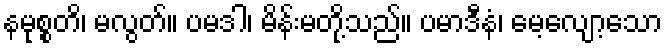
နမုစ္စတိ၊ မလွတ်။ ပမဒါ၊ မိန်းမတို့သည်။ ပမာဒီနံ၊ မေ့လျော့သော